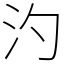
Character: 汋